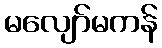
မလျော်မကန်